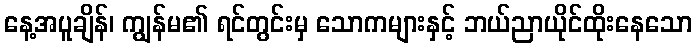
နေ့အပူချိန်၊ ကျွန်မ၏ ရင်တွင်းမှ သောကများနှင့် ဘယ်ညာယိုင်ထိုးနေသော